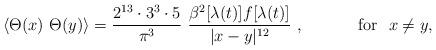
LaTeX: \begin{align*}\langle \Theta (x)\ \Theta (y)\rangle ={\frac{2^{13}\cdot 3^3\cdot 5}{\pi ^{3}}}\,\,\frac{\beta^{2}[\lambda (t)]f[\lambda (t)]}{|x-y|^{12}}~,~~~~~~~~~~{\rm for}~~x\neq y,\end{align*}